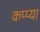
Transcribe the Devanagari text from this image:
कप्प्या